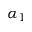
\alpha _ { 1 }